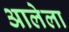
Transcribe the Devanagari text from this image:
अालेला